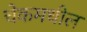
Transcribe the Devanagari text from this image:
चेकमधील